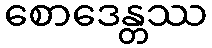
စောဒေန္တဿ